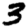
Digit: 3